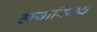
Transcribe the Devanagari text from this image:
हायासिन्थ